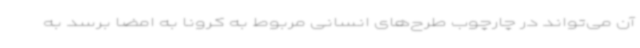
آن می‌تواند در چارچوب طرح‌های انسانی مربوط به کرونا به امضا برسد به